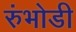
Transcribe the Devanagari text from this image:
रुंभोडी